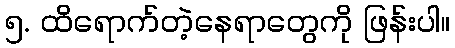
၅. ထိရောက်တဲ့နေရာတွေကို ဖြန်းပါ။